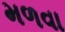
મળવા